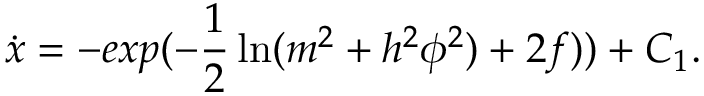
\dot { x } = - e x p ( - \frac { 1 } { 2 } \ln ( m ^ { 2 } + h ^ { 2 } \phi ^ { 2 } ) + 2 f ) ) + C _ { 1 } .